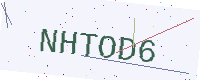
Text: NHTOD6